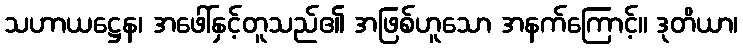
သဟာယဋ္ဌေန၊ အဖေါ်နှင့်တူသည်၏ အဖြစ်ဟူသော အနက်ကြောင့်။ ဒုတိယာ၊